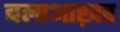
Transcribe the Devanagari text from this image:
बलाआख़र